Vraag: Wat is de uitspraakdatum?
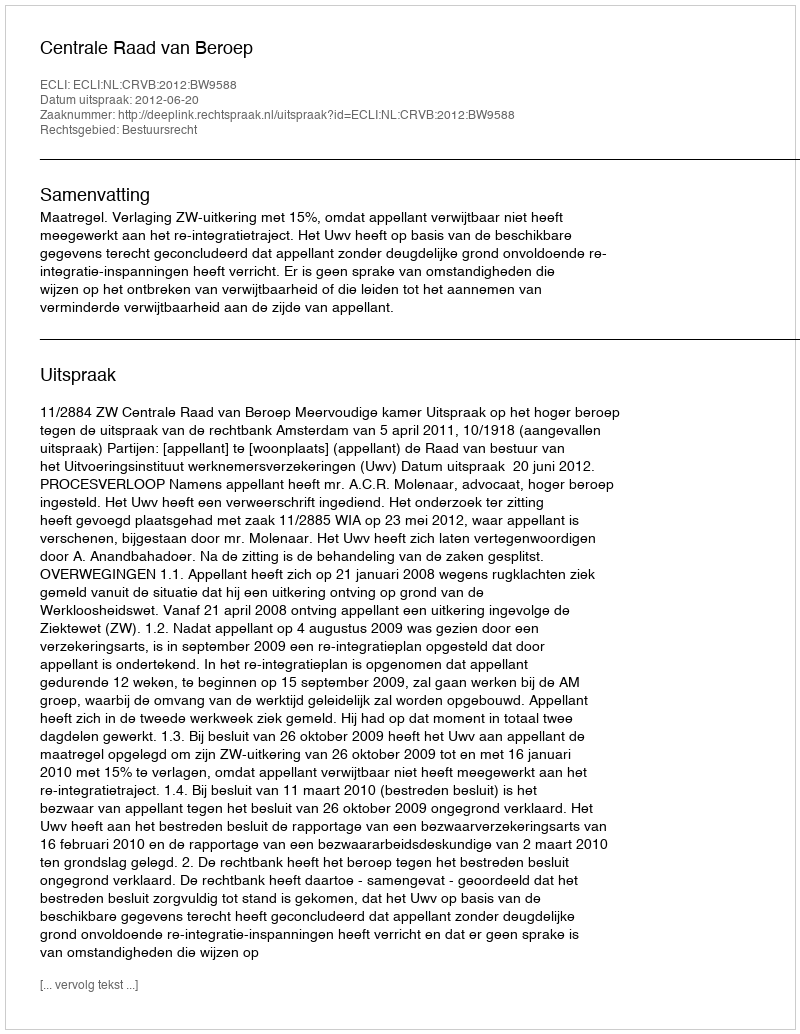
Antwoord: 2012-06-20